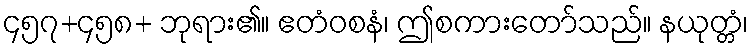
၄၅၇+၄၅၈+ ဘုရား၏။ ဧတံဝစနံ၊ ဤစကားတော်သည်။ နယုတ္တံ၊